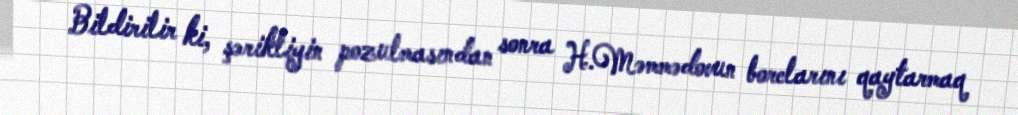
Bildirilir ki, şərikliyin pozulmasından sonra H.Məmmədovun borclarını qaytarmaq